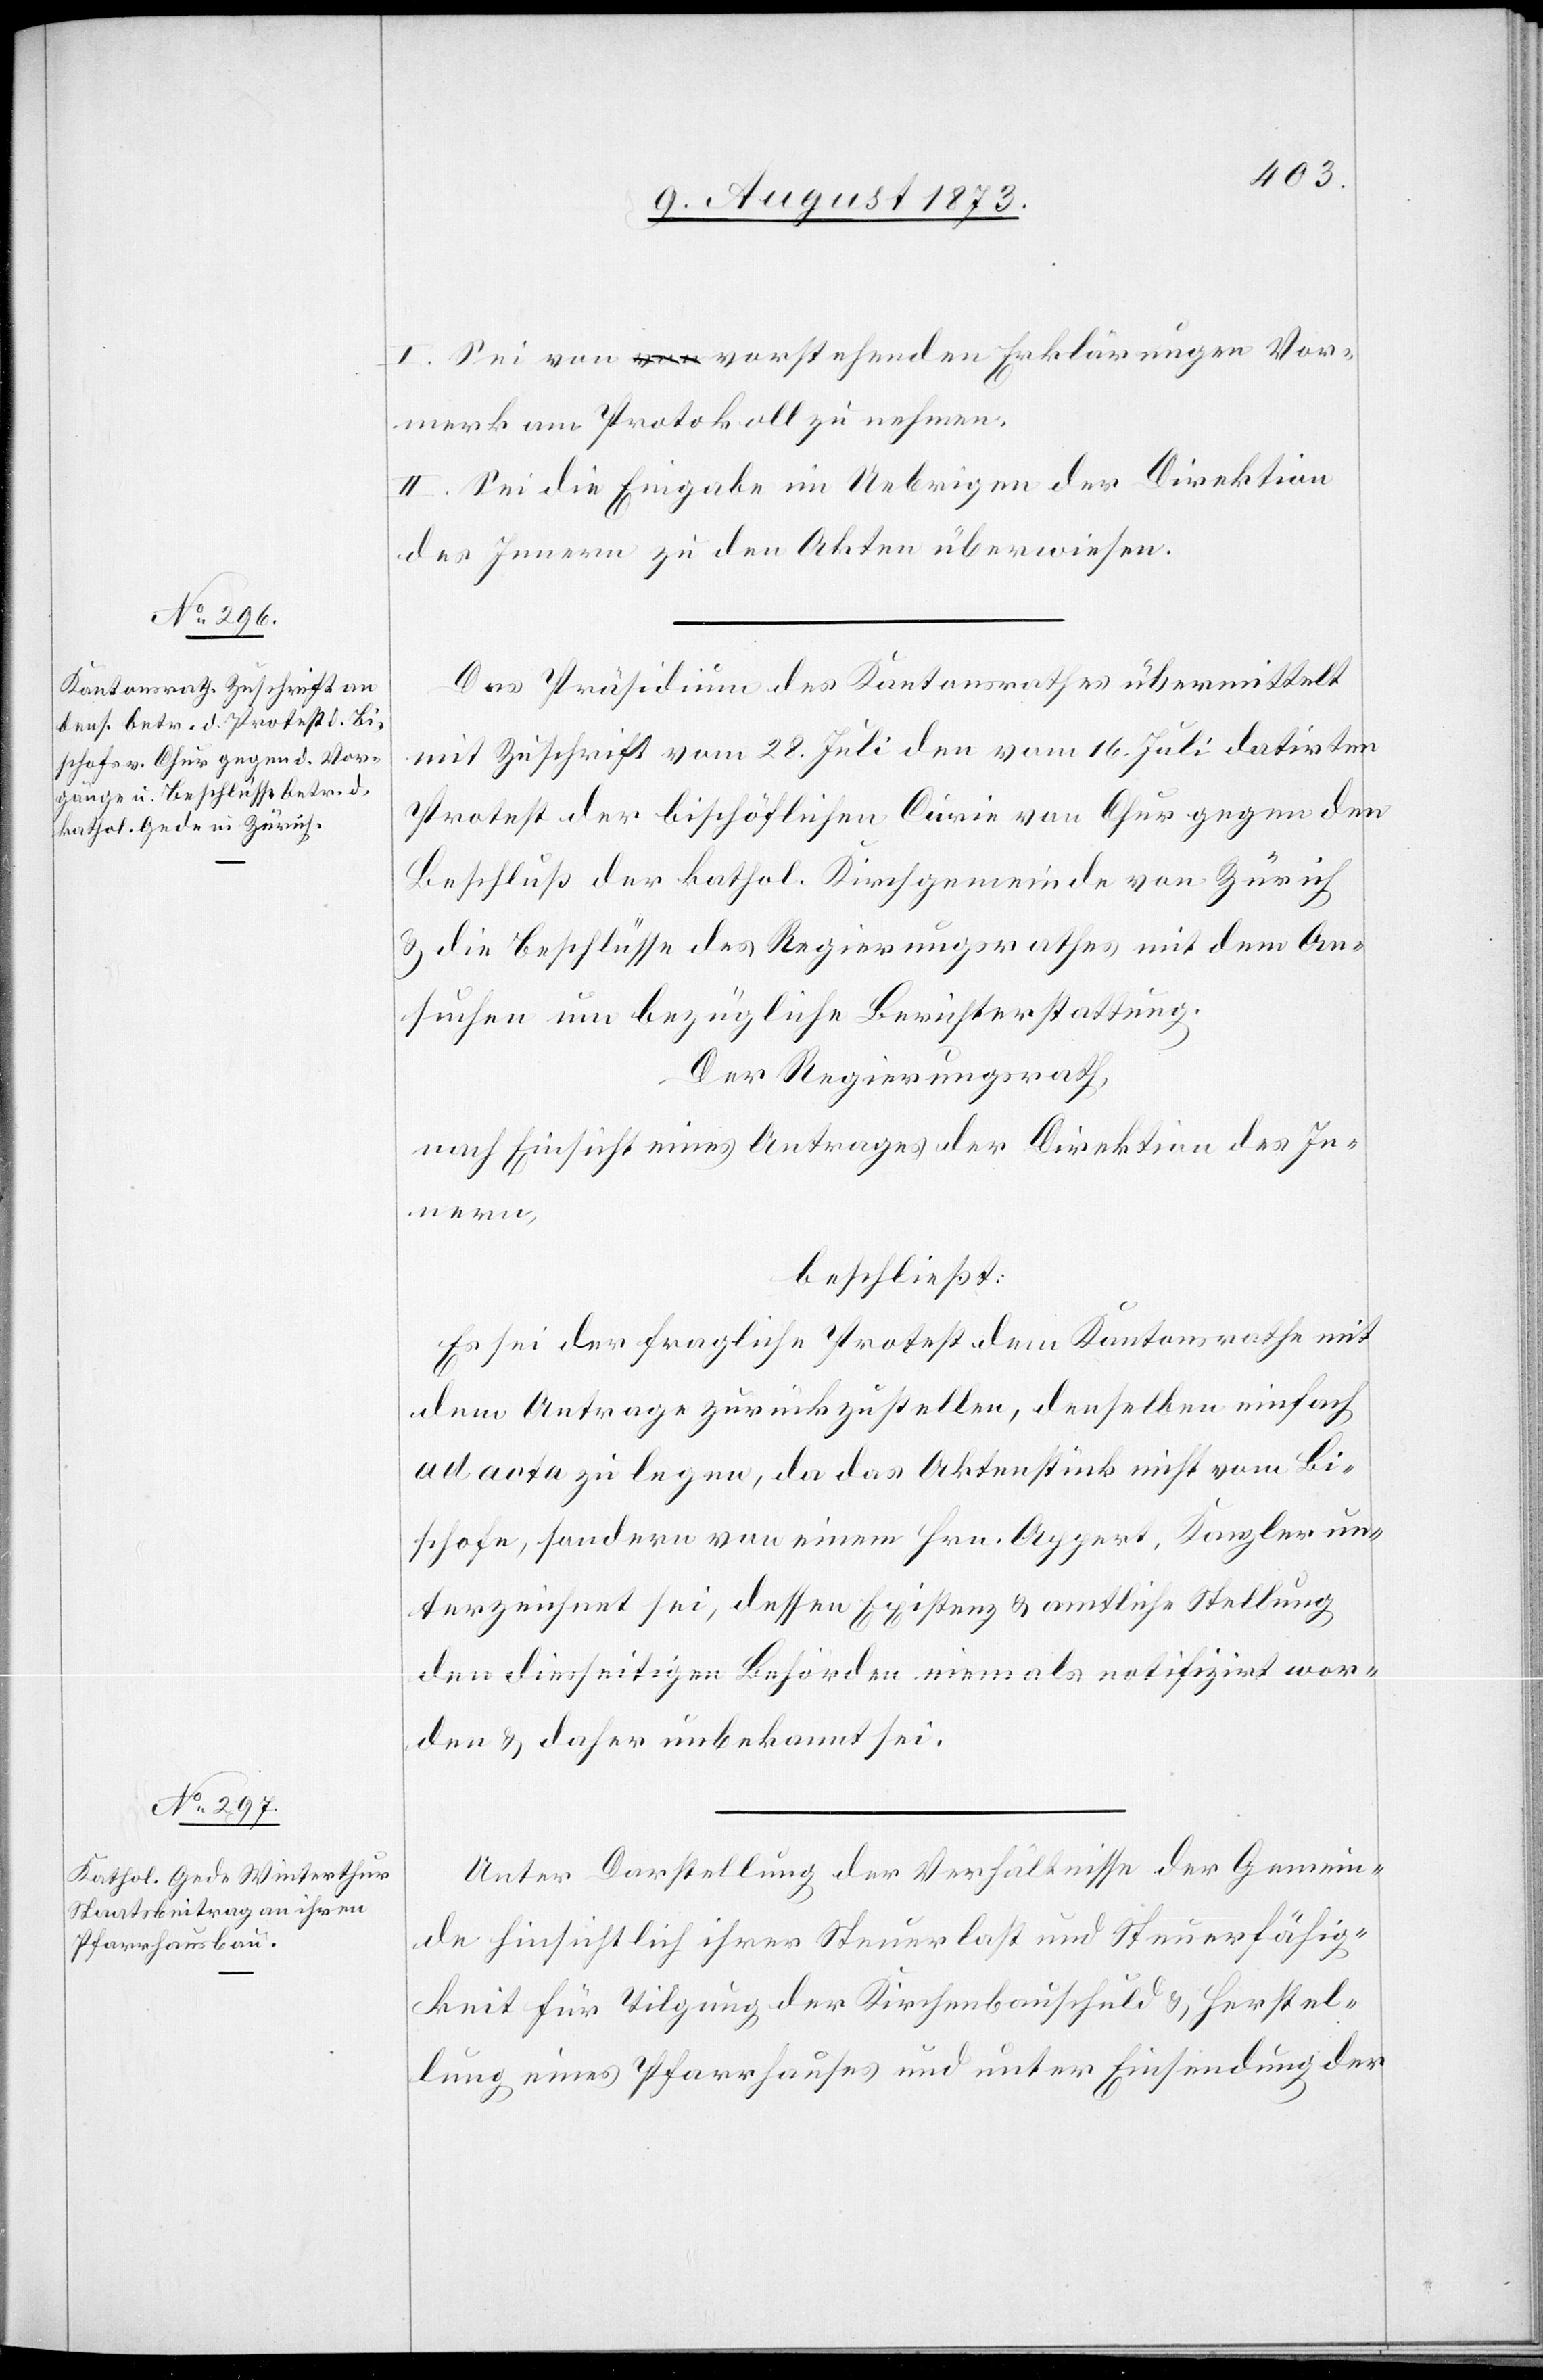
I. Sei von vorstehenden Erklärungen Vor¬
merk am Protokoll zu nehmen.
II. Sei die Eingabe im Uebrigen der Direktion
des Innern zu den Akten überwiesen.
Das Präsidium des Kantonsrathes übermittelt
mit Zuschrift vom 28. Juli den vom 16. Juli datirten
Protest der bischöflichen Curie von Chur gegen den
Beschluß der kathol. Kirchgemeinde von Zürich
& die Beschlüsse des Regierungsrathes mit dem An¬
suchen um bezügliche Berichterstattung.
Der Regierungsrath,
nach Einsicht eines Antrages der Direktion des In¬
nern,
beschließt:
Es sei der fragliche Protest dem Kantonsrathe mit
dem Antrage zurückzustellen, denselben einfach
ad acta zu legen, da das Aktenstück nicht vom Bi¬
schofe, sondern von einem Hrn. Appert, Kanzler un¬
terzeichnet sei, dessen Existenz & amtliche Stellung
den diesseitigen Behörden niemals notifizirt wor¬
den & daher unbekannt sei.
Unter Darstellung der Verhältnisse der Gemein¬
de hinsichtlich ihrer Steuerlast und Steuerfähig¬
keit für Tilgung der Kirchenbauschuld & Herstel¬
lung eines Pfarrhauses und unter Einsendung der